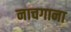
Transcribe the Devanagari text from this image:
नाचगाना